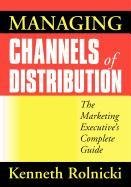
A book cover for Managing Channels of Distribution: The Marketing Executive's Complete Guide; Kenneth Rolnicki; Business & Money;